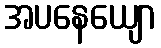
အပနေယျော